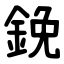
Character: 鋔